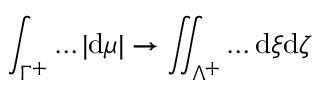
\int _ { \Gamma ^ { + } } \dots | \mathrm { d } \mu | \to \iint _ { \Lambda ^ { + } } \dots \mathrm { d } \xi \mathrm { d } \zeta \,